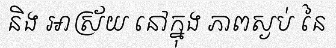
និង ឤស្រ័យ នៅក្នុង ភាពស្ងប់ នៃ